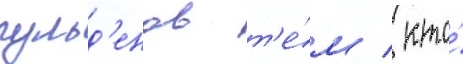
гульд'енов т'е́м / кто́